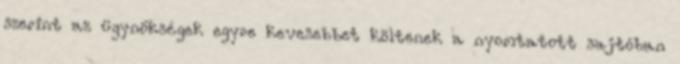
szerint az ügynökségek egyre kevesebbet költenek a nyomtatott sajtóban